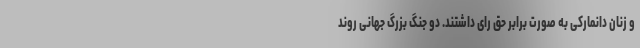
و زنان دانمارکی به صورت برابر حق رای داشتند. دو جنگ بزرگ جهانی روند